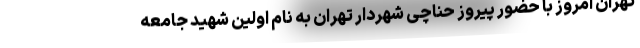
تهران امروز با حضور پیروز حناچی شهردار تهران به نام اولین شهید جامعه